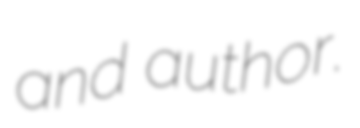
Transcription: and author.